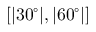
[ | 3 0 ^ { \circ } | , | 6 0 ^ { \circ } | ]